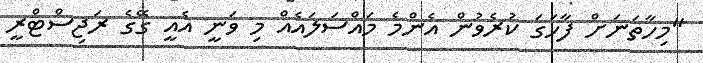
"މިހާތަނަށް ފާހަގަ ކުރެވުން އެންމެ މައްސަލައެއް މި ވަނީ އެއީ ގޭގެ ރަޖިސްޓްރީ